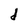
Character: d